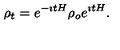
\rho _ { t } = e ^ { - \imath t H } \rho _ { o } e ^ { \imath t H } .